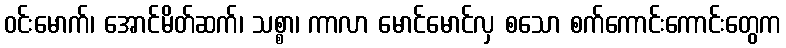
ဝင်းမောက်၊ အောင်မိတ်ဆက်၊ သစ္စာ၊ ကာလာ မောင်မောင်လှ စသော စက်ကောင်းကောင်းတွေက